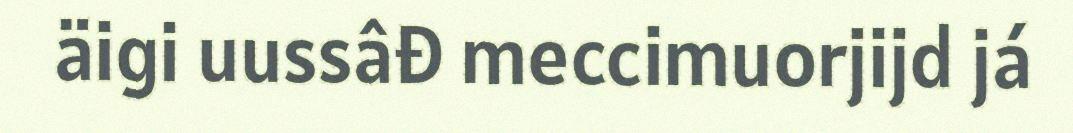
äigi uussâđ meccimuorjijd já